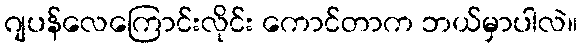
ဂျပန်လေကြောင်းလိုင်း ကောင်တာက ဘယ်မှာပါလဲ။